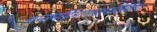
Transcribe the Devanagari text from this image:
अन्तमर्हिमानमानञ्जधीरः।